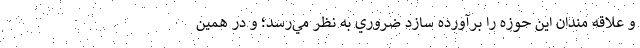
و علاقه مندان اين حوزه را برآورده سازد ضروري به نظر مي‌رسد؛ و در همين